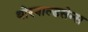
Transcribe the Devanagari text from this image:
थोरवाल्डसेन्स